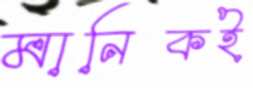
মানিকই